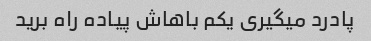
پادرد میگیری یکم باهاش پیاده راه برید